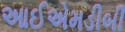
આઈએમડીબી